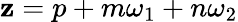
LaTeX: \mathbf{z}=p+m\omega_{1}+n\omega_{2}